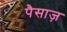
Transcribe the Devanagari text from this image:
पैसाज़